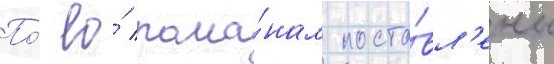
По́ ео́ рома́нам поста́вл'ены